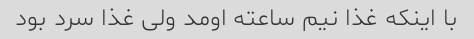
با اینکه غذا نیم ساعته اومد ولی غذا سرد بود